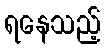
ရနေသည့်